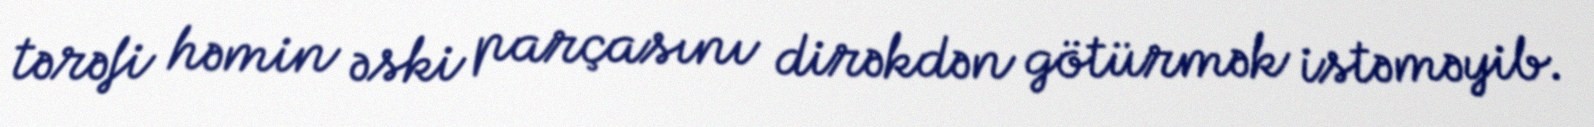
tərəfi həmin əski parçasını dirəkdən götürmək istəməyib.